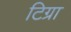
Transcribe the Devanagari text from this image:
टिग्रा